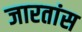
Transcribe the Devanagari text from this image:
जारतांस